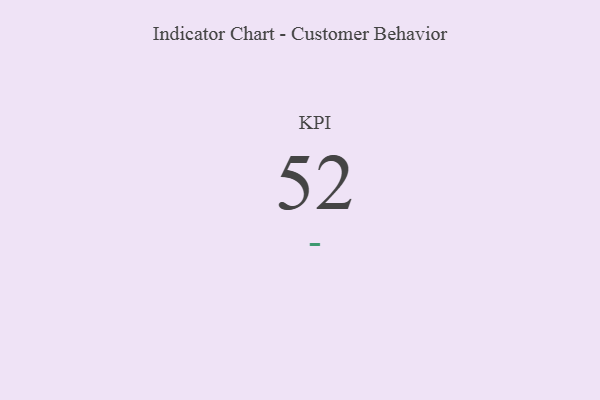
{"axis": {"x": "KPI", "y": "Value"}, "legend": [""], "data": [{"x": "KPI", "y": 52, "type": ""}]}